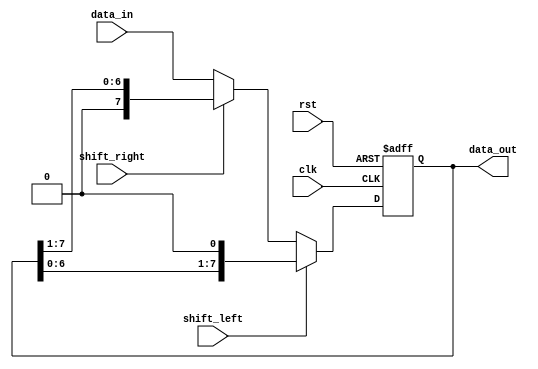
module shift_register(
    input           clk,
    input           rst,
    input           shift_left,
    input           shift_right,
    input  [7:0]    data_in,
    output [7:0]    data_out
);

reg [7:0] shift_reg;

always @(posedge clk or posedge rst)
begin
    if (rst)
    begin
        shift_reg <= 8'b00000000;
    end
    else if (shift_left)
    begin
        shift_reg <= {shift_reg[6:0], 1'b0};
    end
    else if (shift_right)
    begin
        shift_reg <= {1'b0, shift_reg[7:1]};
    end
    else
    begin
        shift_reg <= data_in;
    end
end

assign data_out = shift_reg;

endmodule